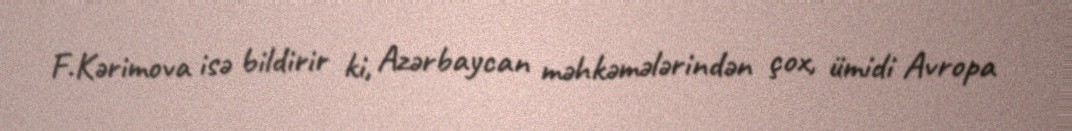
F.Kərimova isə bildirir ki, Azərbaycan məhkəmələrindən çox, ümidi Avropa